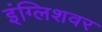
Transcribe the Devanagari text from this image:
इंग्लिशवर